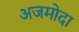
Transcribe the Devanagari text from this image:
अजमोदा